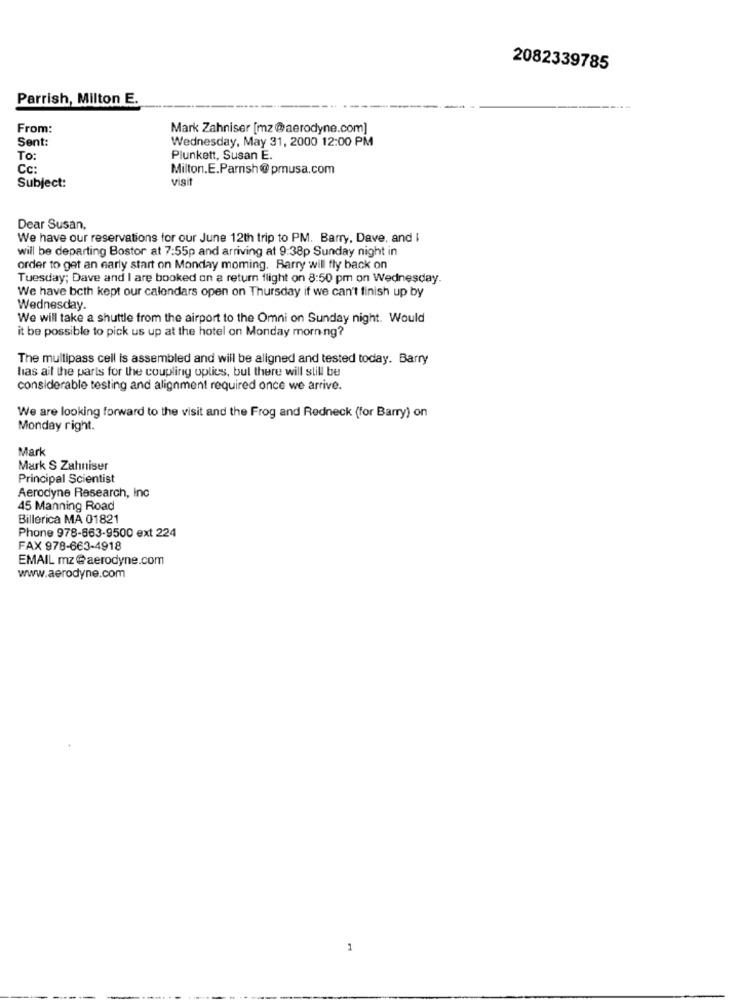
2082339785
Parrish, Milton E.
From:
Mark Zahniser [mz@aerodyne.com]
Sent:
Wednesday, May 31, 2000 12:00 PM
To:
Plunkett, Susan E.
Cc:
Milton.E.Parrish@pmusa.com
visit
Subject:
Dear Susan,
We have our reservations for our June 12th trip to PM. Barry, Dave, and I
will be departing Bostor at 7:55p and arriving at 9:38p Sunday night in
order to get an early start on Monday moming. Barry will fly back on
Tuesday; Dave and I are booked on a return flight on 8:50 pm on Wednesday.
We have both kept our calendars open on Thursday if we can't finish up by
Wednesday.
We will take a shuttle from the airport to the Omni on Sunday night. Would
it be possible to pick us up at the hotel on Monday morning?
The multipass cell is assembled and will be aligned and tested today. Barry
las ail the parts for the coupling optics, but there will still be
considerable testing and alignment required once we arrive.
We are looking forward to the visit and the Frog and Redneck (for Barry) on
Monday right.
Mark
Mark S Zahniser
Principal Scientist
Aerodyne Research, Inc
45 Manning Road
Billerica MA 01821
Phone 978-863-9500 ext 224
FAX 978-663-4918
EMAIL mz @aerodyne.com
www.aerodyne.com